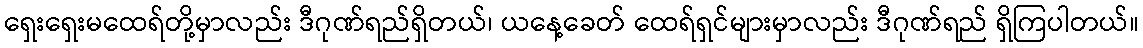
ရှေးရှေးမထေရ်တို့မှာလည်း ဒီဂုဏ်ရည်ရှိတယ်၊ ယနေ့ခေတ် ထေရ်ရှင်များမှာလည်း ဒီဂုဏ်ရည် ရှိကြပါတယ်။